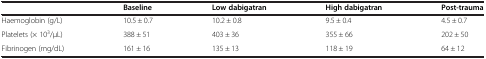
<table><thead><tr><td><b> </b></td><td><b>Baseline</b></td><td><b>Low dabigatran</b></td><td><b>High dabigatran</b></td><td><b>Post-trauma</b></td></tr></thead><tbody><tr><td>Haemoglobin (g/L)</td><td>10.5 ± 0.7</td><td>10.2 ± 0.8</td><td>9.5 ± 0.4</td><td>4.5 ± 0.7</td></tr><tr><td>Platelets (× 10<sup>3</sup>/μL)</td><td>388 ± 51</td><td>403 ± 36</td><td>355 ± 66</td><td>202 ± 50</td></tr><tr><td>Fibrinogen (mg/dL)</td><td>161 ± 16</td><td>135 ± 13</td><td>118 ± 19</td><td>64 ± 12</td></tr></tbody></table>